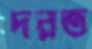
দরত